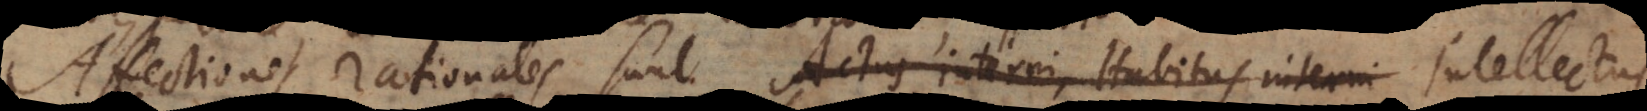
Affectiones rationales sunt Actus interni, Habitus interni Intellectus